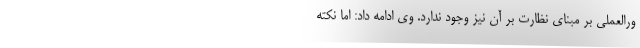
ورالعملی بر مبنای نظارت بر آن نیز وجود ندارد. وی ادامه داد: اما نکته